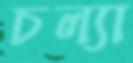
চল্যা